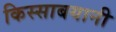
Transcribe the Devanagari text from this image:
किस्साबयानी